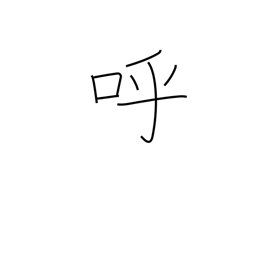
Meaning: invite